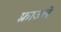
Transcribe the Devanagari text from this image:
फ़्राउले